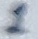
Text: 1